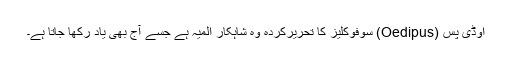
اوڈی پس (Oedipus) سوفوکلیز کا تحریرکردہ وہ شاہکار المیہ ہے جسے آج بھی یاد رکھا جاتا ہے۔